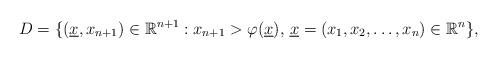
LaTeX: \begin{align*}D=\{(\underline{x},x_{n+1})\in \mathbb{R}^{n+1}:x_{n+1}>\varphi(\underline{x}), \,\underline{x}=(x_{1}, x_{2},\ldots, x_{n})\in \mathbb{R}^{n}\},\end{align*}